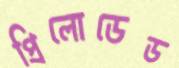
প্রিলোডেড